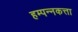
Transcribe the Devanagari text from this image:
हम्पन्नकत्ता